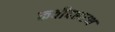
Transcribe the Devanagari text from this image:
कवीदशरथ